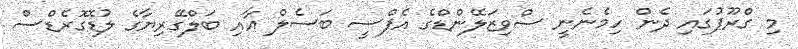
މި ގްރޫޕުގައި ދެން ހިމެނެނީ ސްވިޒަލޭންޑްގެ އެފްސީ ބަސެލް އާއި ބަލްގޭރިޔާގެ ލުޑޮގޮރެޑްސް